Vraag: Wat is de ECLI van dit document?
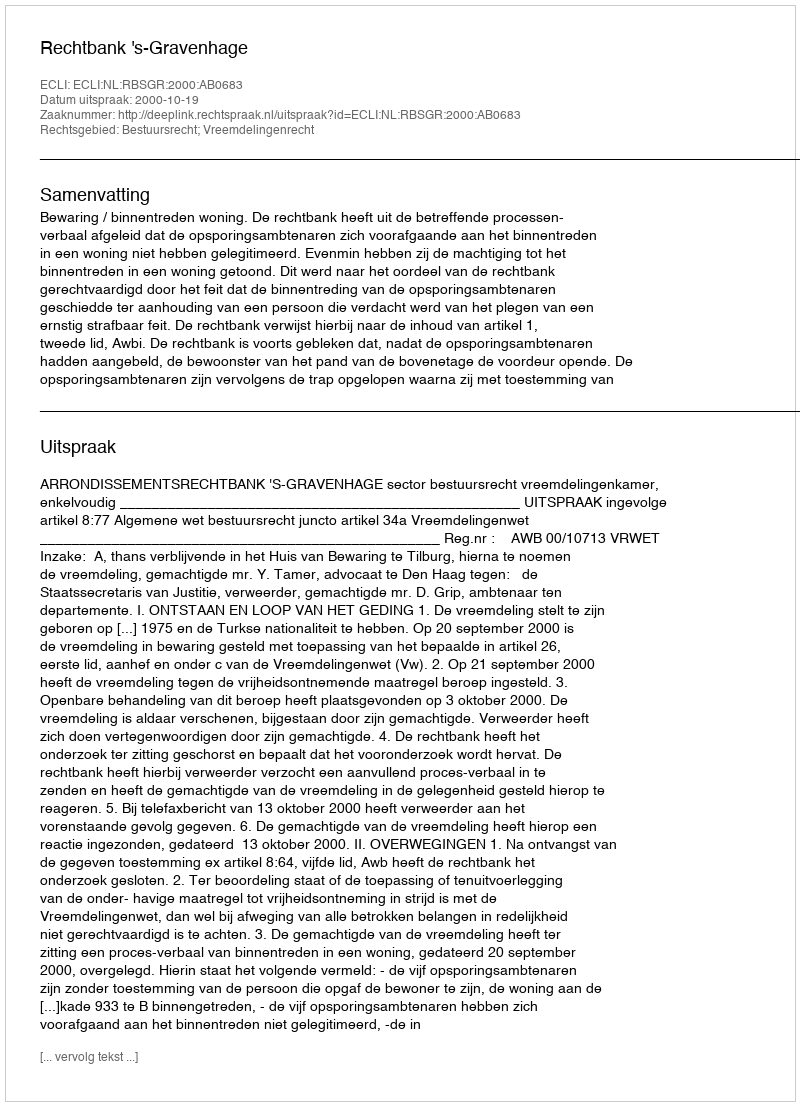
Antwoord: ECLI:NL:RBSGR:2000:AB0683